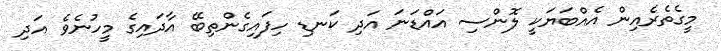
މީގެތެރެއިން އެއްބަޔަކީ ލޮންސި އައްޑަނަ އަދި ކަނޑި ހިފައިގެންތިބޭ އާދައިގެ މީހުނެވެ އަދި